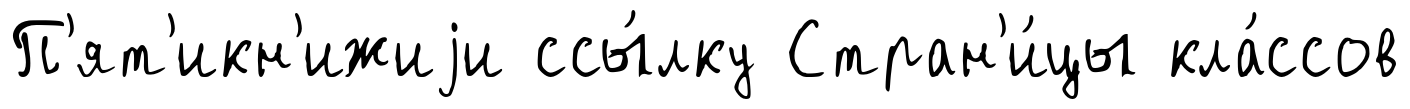
П'ят'икн'ижиjи ссы́лку Стран'и́цы кла́ссов